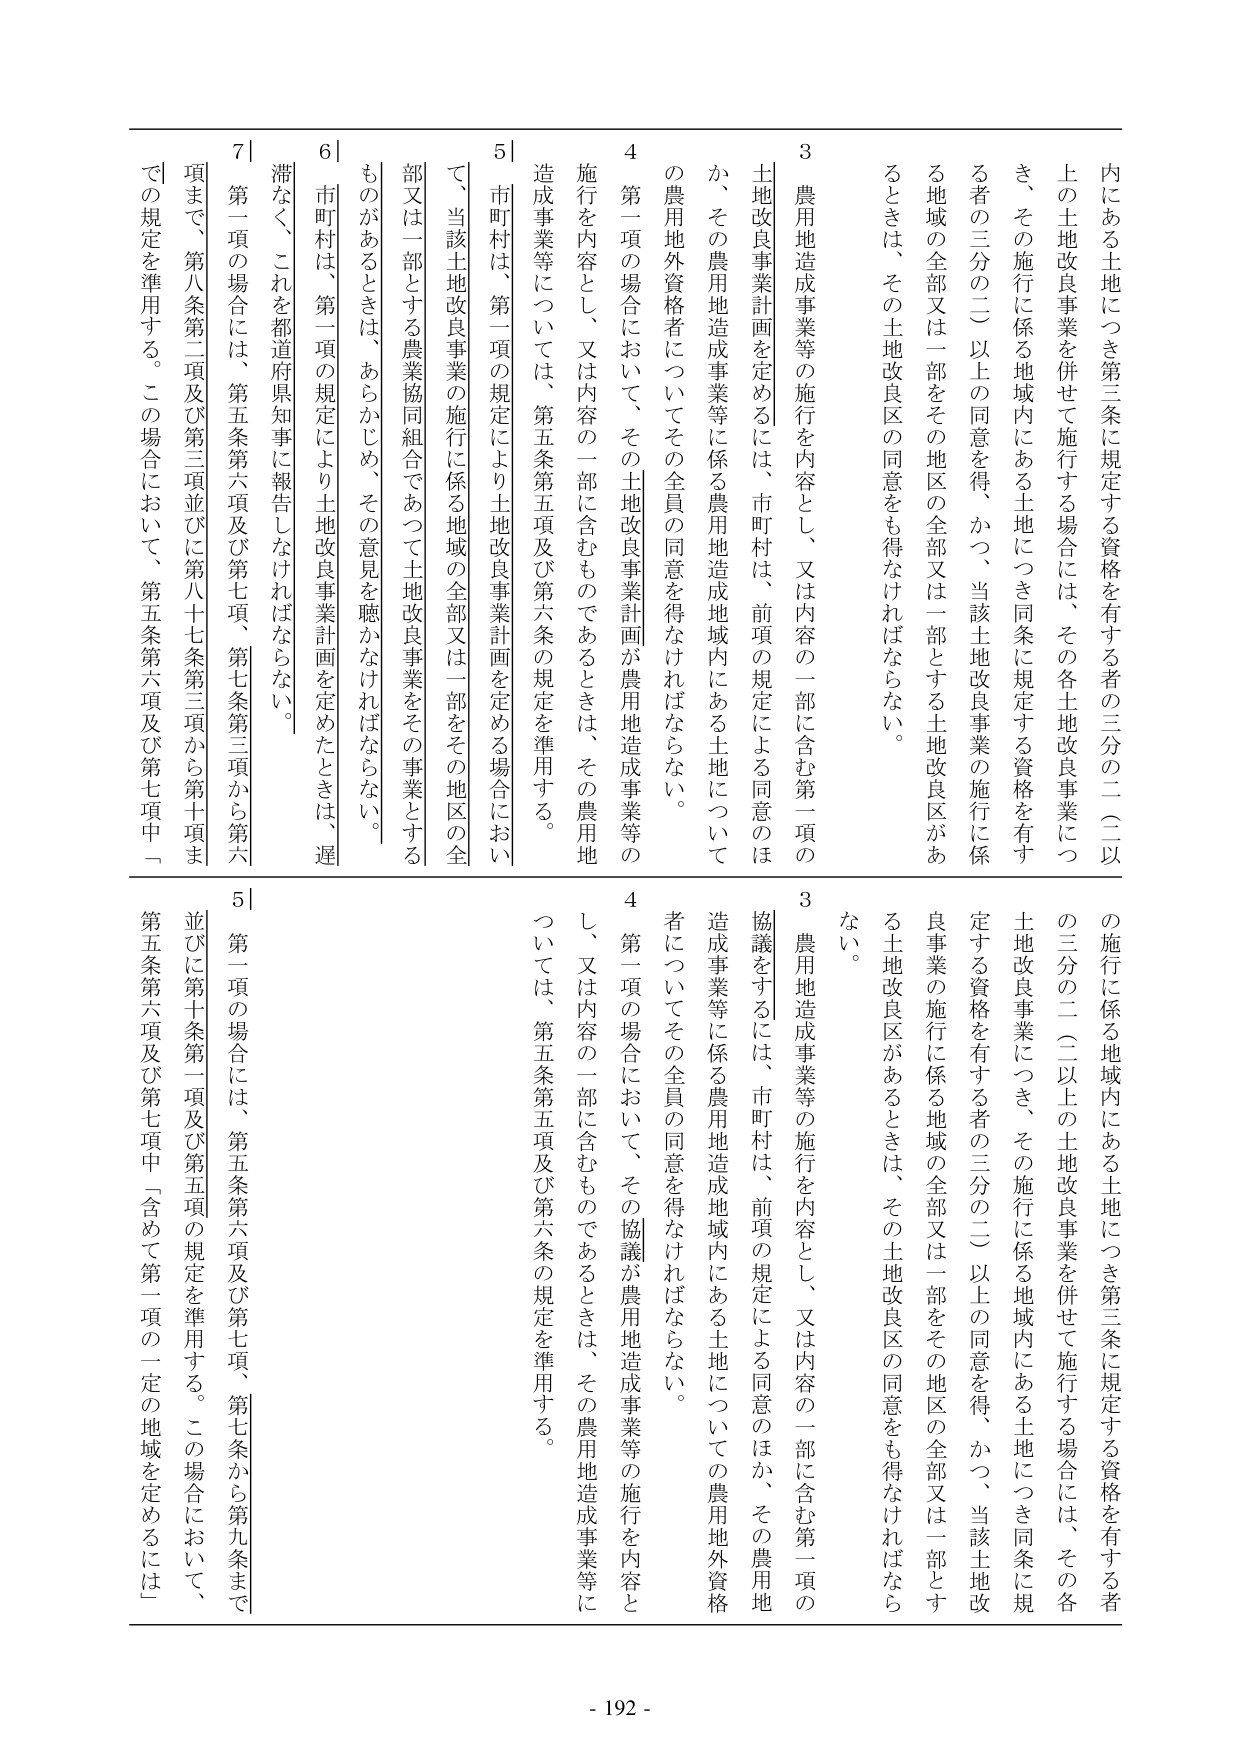
内にある土地につき第三条に規定する資格を有する者の三分の二（二以上）の施行に係る地域内にある土地につき同条に規定する資格を有する者の三分の二（二以上）の同意を得、かつ、当該土地改良事業の施行に係る地域の全部又は一部をその地区の全部又は一部とする土地改良区があるときは、その土地改良区の同意をも得なければならない。

3 農用地造成事業等の施行を内容とし、又は内容の一部を含む第一項の土地改良事業計画を定めるには、市町村は、前項の規定による同意のほか、その農用地造成事業等に係る農用地造成地域内にある土地についての農用地外資格者についてその全員の同意を得なければならない。

4 第一項の場合において、その土地改良事業計画が農用地造成事業等の施行を内容とし、又は内容の一部を含むものであるときは、その農用地造成事業等については、第五条第五項及び第六条の規定を準用する。

5 市町村は、第一項の規定により土地改良事業計画を定める場合において、当該土地改良事業の施行に係る地域の全部又は一部をその地区の全部又は一部とする農業協同組合であつて土地改良事業をその事業とするものがあるときは、あらかじめ、その意見を聴かなければならない。

6 市町村は、第一項の規定により土地改良事業計画を定めたときは、遅滞なく、これを都道府県知事に報告しなければならない。

7 第一項の場合には、第五条第六項及び第七項、第七条第三項から第六項まで、第八条第二項及び第三項並びに第八十七条第三項から第十項までの規定を準用する。この場合において、第五条第六項及び第七項中「

の施行に係る地域内にある土地につき第三条に規定する資格を有する者の三分の二（二以上）の土地改良事業を併せて施行する場合には、その各土地改良事業につき、その施行に係る地域内にある土地について同条に規定する資格を有する者の三分の二（二以上）の同意を得、かつ、当該土地改良事業の施行に係る地域の全部又は一部をその地区の全部又は一部とする土地改良区があるときは、その土地改良区の同意をも得なければならない。

3 農用地造成事業等の施行を内容とし、又は内容の一部を含む第一項の協議をするには、市町村は、前項の規定による同意のほか、その農用地造成事業等に係る農用地造成地域内にある土地についての農用地外資格者についてその全員の同意を得なければならない。

4 第一項の場合において、その協議が農用地造成事業等の施行を内容とし、又は内容の一部を含むものであるときは、その農用地造成事業等については、第五条第五項及び第六条の規定を準用する。

5 第一項の場合には、第五条第六項及び第七項、第七条から第九条まで並びに第十条第一項及び第五項の規定を準用する。この場合において、第五条第六項及び第七項中「含めて第一項の一定の地域を定めるには」

- 192 -